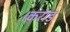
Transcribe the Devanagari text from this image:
।कराड